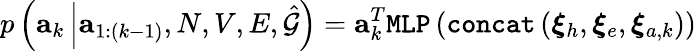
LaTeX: p\left(\mathbf{a}_{k}\left|\mathbf{a}_{1:(k-1)},N,V,E,\hat{\mathcal{G}}\right.\right)=\mathbf{a}_{k}^{T}\texttt{MLP}\left(\texttt{concat}\left(\boldsymbol{\xi}_{h},\boldsymbol{\xi}_{e},\boldsymbol{\xi}_{a,k}\right)\right)